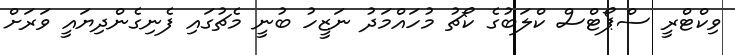
ވިކްޓްރީ ސްޕޯޓްސް ކްލަބުގެ ކޯޗު މުހައްމަދު ނަޒީހު ބުނީ މެޗުގައި ފެނިގެންދިޔައީ ވަރަށް